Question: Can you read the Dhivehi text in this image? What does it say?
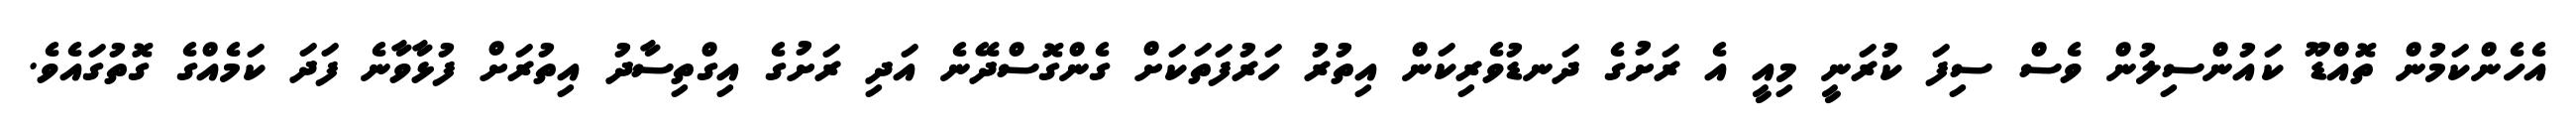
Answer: އެހެންކަމުން ތޮއްޑޫ ކައުންސިލުން ވެސް ސިފަ ކުރަނީ މިއީ އެ ރަށުގެ ދަނޑުވެރިކަން އިތުރު ހަރުފަތަކަށް ގެންގޮސްދޭނެ އަދި ރަށުގެ އިގްތިސާދު އިތުރަށް ފުޅާވާނެ ފަދަ ކަމެއްގެ ގޮތުގައެވެ.